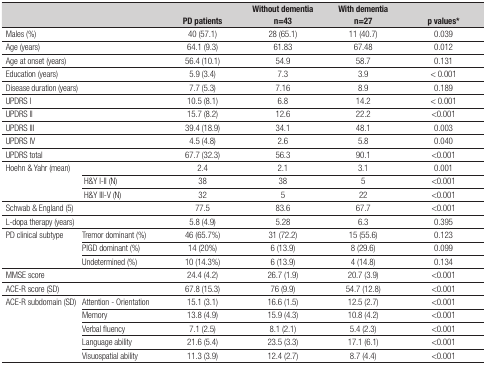
<table><thead><tr><td><b> </b></td><td><b> </b></td><td><b>PD patients</b></td><td><b>Without dementia n=43</b></td><td><b>With dementia n=27</b></td><td><b>p values*</b></td></tr></thead><tbody><tr><td>Males (%)</td><td> </td><td>40 (57.1)</td><td>28 (65.1)</td><td>11 (40.7)</td><td>0.039</td></tr><tr><td>Age (years)</td><td> </td><td>64.1 (9.3)</td><td>61.83</td><td>67.48</td><td>0.012</td></tr><tr><td>Age at onset (years)</td><td> </td><td>56.4 (10.1)</td><td>54.9</td><td>58.7</td><td>0.131</td></tr><tr><td>Education (years)</td><td> </td><td>5.9 (3.4)</td><td>7.3</td><td>3.9</td><td>&lt; 0.001</td></tr><tr><td>Disease duration (years)</td><td> </td><td>7.7 (5.3)</td><td>7.16</td><td>8.9</td><td>0.189</td></tr><tr><td>UPDRS I</td><td> </td><td>10.5 (8.1)</td><td>6.8</td><td>14.2</td><td>&lt; 0.001</td></tr><tr><td>UPDRS II</td><td> </td><td>15.7 (8.2)</td><td>12.6</td><td>22.2</td><td>&lt;0.001</td></tr><tr><td>UPDRS III</td><td> </td><td>39.4 (18.9)</td><td>34.1</td><td>48.1</td><td>0.003</td></tr><tr><td>UPDRS IV</td><td> </td><td>4.5 (4.8)</td><td>2.6</td><td>5.8</td><td>0.040</td></tr><tr><td>UPDRS total</td><td> </td><td>67.7 (32.3)</td><td>56.3</td><td>90.1</td><td>&lt;0.001</td></tr><tr><td rowspan="3">Hoehn &amp; Yahr (mean)</td><td> </td><td>2.4</td><td>2.1</td><td>3.1</td><td>0.001</td></tr><tr><td> H&amp;Y I-II (N)</td><td>38</td><td>38</td><td>5</td><td>&lt;0.001</td></tr><tr><td> H&amp;Y III-V (N)</td><td>32</td><td>5</td><td>22</td><td>&lt;0.001</td></tr><tr><td>Schwab &amp; England (5)</td><td> </td><td>77.5</td><td>83.6</td><td>67.7</td><td>&lt;0.001</td></tr><tr><td>L-dopa therapy (years)</td><td> </td><td>5.8 (4.9)</td><td>5.28</td><td>6.3</td><td>0.395</td></tr><tr><td rowspan="3">PD clinical subtype</td><td>Tremor dominant (%)</td><td>46 (65.7%)</td><td>31 (72.2)</td><td>15 (55.6)</td><td>0.123</td></tr><tr><td>PIGD dominant (%)</td><td>14 (20%)</td><td>6 (13.9)</td><td>8 (29.6)</td><td>0.099</td></tr><tr><td>Undetermined (%)</td><td>10 (14.3%)</td><td>6 (13.9)</td><td>4 (14.8)</td><td>0.134</td></tr><tr><td>MMSE score</td><td> </td><td>24.4 (4.2)</td><td>26.7 (1.9)</td><td>20.7 (3.9)</td><td>&lt;0.001</td></tr><tr><td>ACE-R score (SD)</td><td> </td><td>67.8 (15.3)</td><td>76 (9.9)</td><td>54.7 (12.8)</td><td>&lt;0.001</td></tr><tr><td rowspan="5">ACE-R subdomain (SD)</td><td>Attention - Orientation</td><td>15.1 (3.1)</td><td>16.6 (1.5)</td><td>12.5 (2.7)</td><td>&lt;0.001</td></tr><tr><td>Memory</td><td>13.8 (4.9)</td><td>15.9 (4.3)</td><td>10.8 (4.2)</td><td>&lt;0.001</td></tr><tr><td>Verbal fluency</td><td>7.1 (2.5)</td><td>8.1 (2.1)</td><td>5.4 (2.3)</td><td>&lt;0.001</td></tr><tr><td>Language ability</td><td>21.6 (5.4)</td><td>23.5 (3.3)</td><td>17.1 (6.1)</td><td>&lt;0.001</td></tr><tr><td>Visuospatial ability</td><td>11.3 (3.9)</td><td>12.4 (2.7)</td><td>8.7 (4.4)</td><td>&lt;0.001</td></tr></tbody></table>